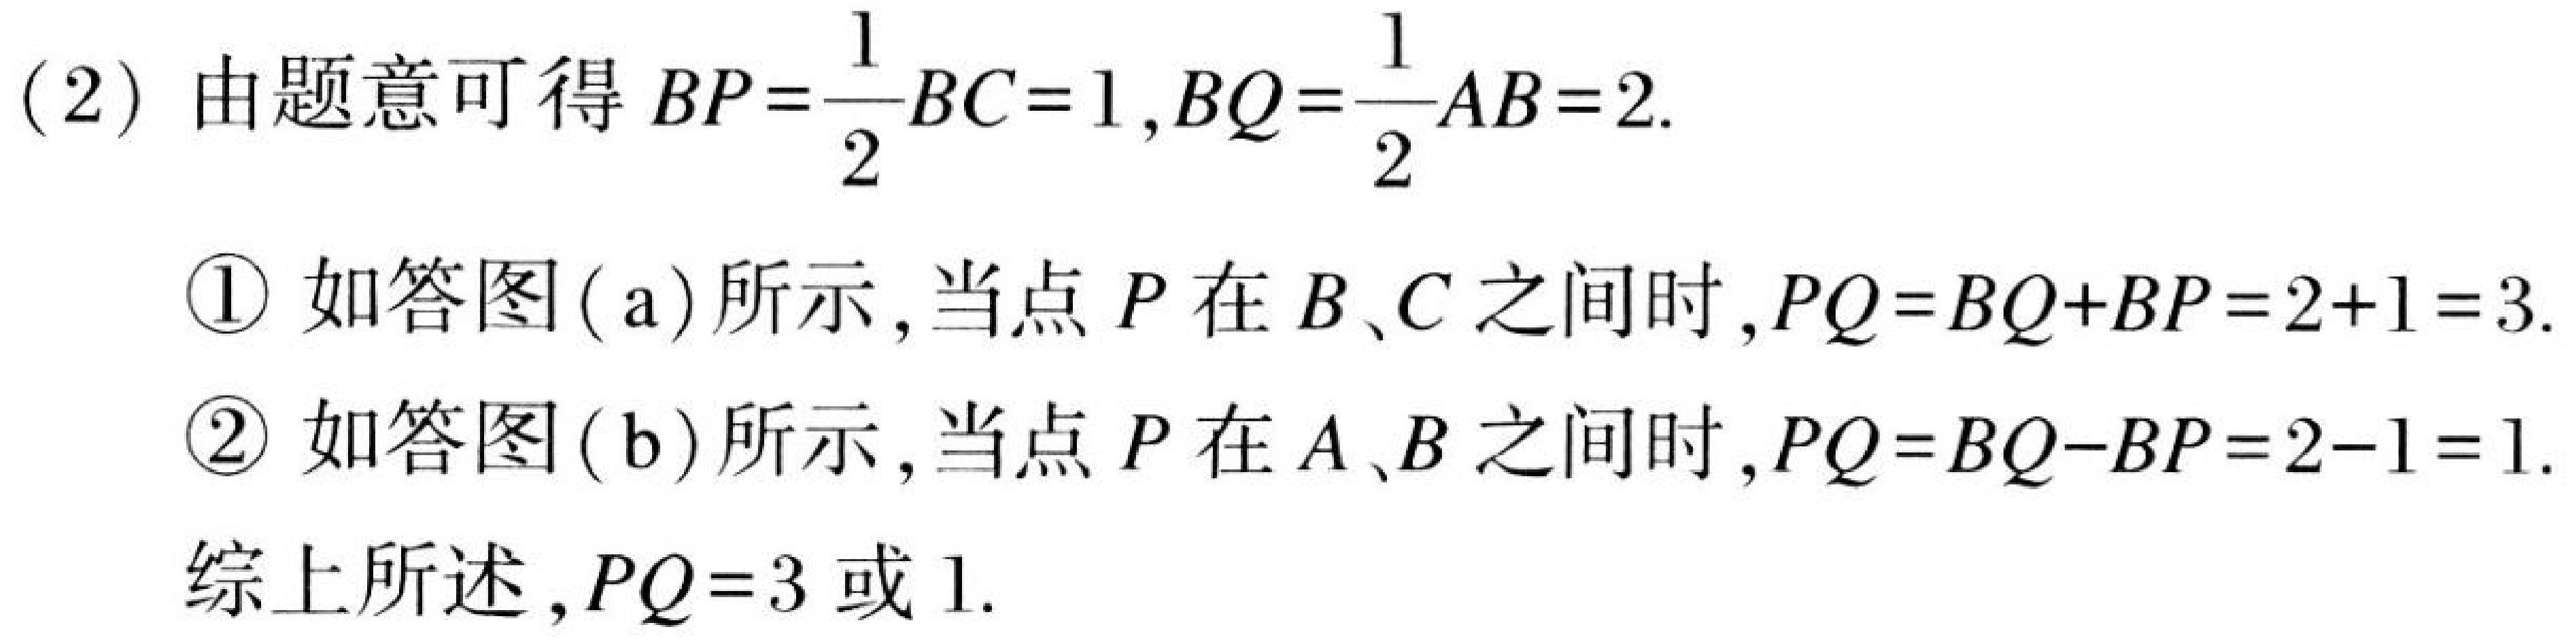
(2) 由题意可得 \(BP = \dfrac{1}{2}BC = 1\), \(BQ=\dfrac{1}{2}AB = 2\).
\textcircled{1} 如答图(a)所示, 当点 \(P\) 在 \(B、C\) 之间时, \(PQ = BQ + BP=2 + 1 = 3\).
\textcircled{2} 如答图(b)所示, 当点 \(P\) 在 \(A、B\) 之间时, \(PQ = BQ - BP=2 - 1 = 1\).
综上所述, \(PQ = 3\) 或 \(1\).